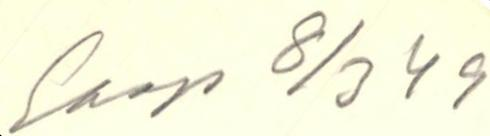
Saap 8/3 49